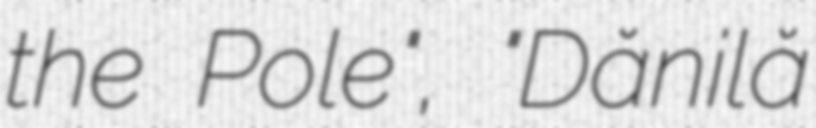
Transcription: the Pole", "Dănilă